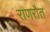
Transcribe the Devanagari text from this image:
राणरौत